Annual administration and progress report of the Indian Medical Department, Bombay
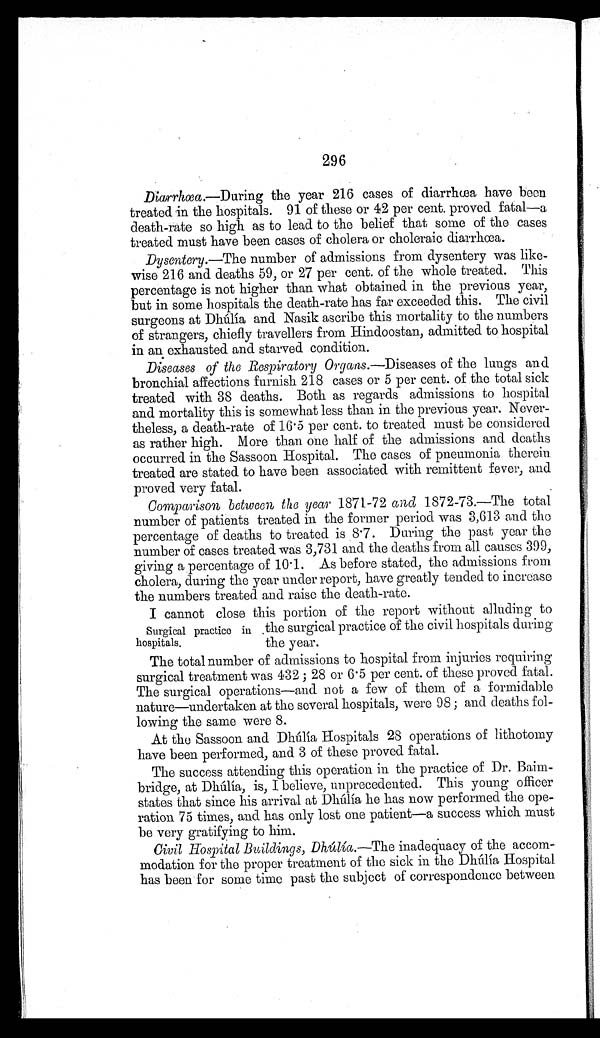
296
Diarrhœa.—During the year 216 cases of diarrhœa have been
treated in the hospitals. 91 of these or 42 per cent. proved fatal—a
death-rate so high as to lead to the belief that some of the cases
treated must have been cases of cholera or choleraic diarrhœa.
Dysentery .—The number of admissions from dysentery was like
-wise 216 and deaths 59, or 27 per cent. of the whole treated. This
percentage is not higher than what obtained in the previous year,
but in some hospitals the death-rate has far exceeded this. The civil
surgeons at Dhúlía and Nasik ascribe this mortality to the numbers
of strangers, chiefly travellers from Hindoostan, admitted to hospital
in an exhausted and starved condition.
Diseases of the Respiratory Organs .—Diseases of the lungs and
bronchial affections furnish 218 cases or 5 per cent. of the total sick
treated with 38 deaths. Both as regards admissions to hospital
and mortality this is somewhat less than in the previous year. Never
-theless, a death-rate of 16.5 per cent. to treated must be considered
as rather high. More than one half of the admissions and deaths
occurred in the Sassoon Hospital. The cases of pneumonia therein
treated are stated to have been associated with remittent fever, and
proved very fatal.
Comparison between the year 1871-72 and 1872-73.—The total
number of patients treated in the former period was 3,613 and the
percentage of deaths to treated is 8.7. During the past year the
number of cases treated was 3,731 and the deaths from all causes 399,
giving a percentage of 10.1. As before stated, the admissions from
cholera, during the year under report, have greatly tended to increase
the numbers treated and raise the death-rate.
I cannot close this portion of the report without alluding to
the surgical practice of the civil hospitals during
the year.
The total number of admissions to hospital from injuries requiring
surgical treatment was 432;28 or 6.5 per cent. of these proved fatal.
The surgical operations—and not a few of them of a formidable
nature—undertaken at the several hospitals, were 98; and deaths fol
-lowing the same were 8.
At the Sassoon and Dhúlía Hospitals 28 operations of lithotomy
have been performed, and 3 of these proved fatal.
The success attending this operation in the practice of Dr. Bai
m - b r i d g e , a t D h ú l í a , i s , I b e l i e v e , u n p r e c e d e n t e d . T h i s y o u n g o f f i c e r
states that since his arrival at Dhúlía he has now performed the ope
-ration 75 times, and has only lost one patient—a success which must
be very gratifying to him.
Civil Hospital Buildings, Dhúlía .—The inadequacy of the accom
-modation for the proper treatment of the sick in the Dhúlía Hospital
has been for some time past the subject of correspondence between
Surgical practice
hospitals.